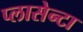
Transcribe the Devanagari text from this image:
प्लासेन्टा